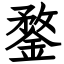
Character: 鍪